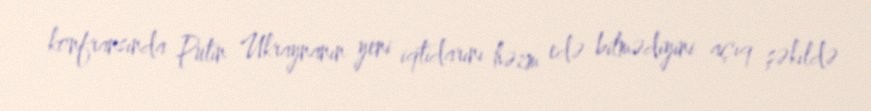
konfransında Putin Ukraynanın yeni iqtidarını həzm edə bilmədiyini açıq şəkildə